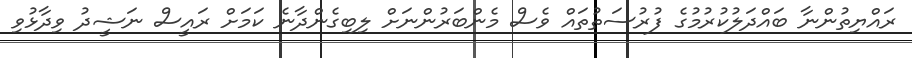
ރައްޔިތުންނާ ބައްދަލުކުރުމުގެ ފުރުސަތުތައް ވެސް މެންބަރުންނަށް ލިބިގެންދާނެ ކަމަށް ރައީސް ނަޝީދު ވިދާޅުވި